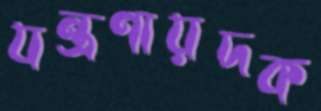
যন্ত্রণায়দক